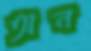
অন